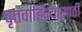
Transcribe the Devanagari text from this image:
वृत्तवाहिन्यांसाठी